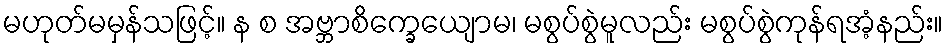
မဟုတ်မမှန်သဖြင့်။ န စ အဗ္ဘာစိက္ခေယျောမ၊ မစွပ်စွဲမူလည်း မစွပ်စွဲကုန်ရအံ့နည်း။